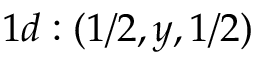
1 d : ( 1 / 2 , y , 1 / 2 )